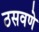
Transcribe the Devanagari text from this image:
ठसवणे